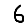
Digit: 6